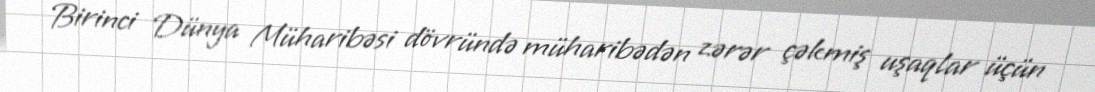
Birinci Dünya Müharibəsi dövründə müharibədən zərər çəkmiş uşaqlar üçün